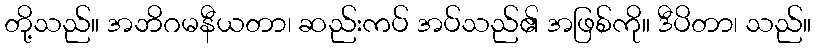
တို့သည်။ အဘိဂမနီယတာ၊ ဆည်းကပ် အပ်သည်၏ အဖြစ်ကို။ ဒီပိတာ၊ သည်။